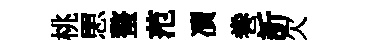
桃愳螯范凟巻訢欠